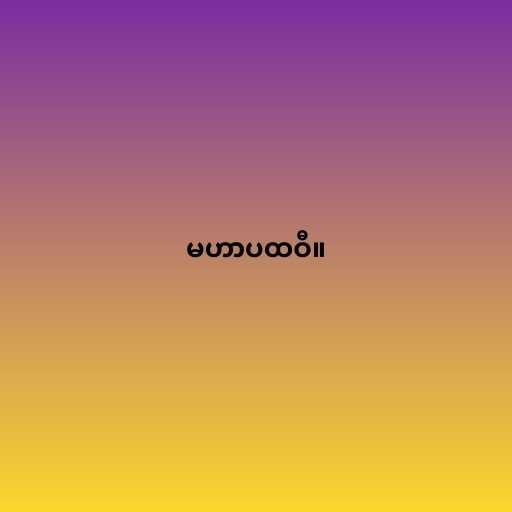
မဟာပထဝီ။